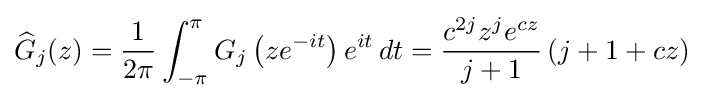
{\widehat {G}}_{j}(z)={\frac {1}{2\pi }}\int _{-\pi }^{\pi }G_{j}\left(ze^{-it}\right)e^{it}\,dt={\frac {c^{2j}z^{j}e^{cz}}{j+1}}\left(j+1+cz\right)